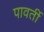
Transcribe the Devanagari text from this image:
पावर्ती